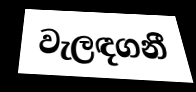
වැලඳගනී